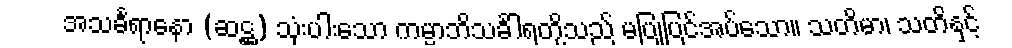
အသင်္ခရာနော (ဆဋ္ဌ) သုံးပါးသော ကမ္မာဘိသင်္ခါရတို့သည် မပြုပြင်အပ်သော။ သတိမာ၊ သတိနှင့်